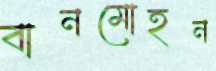
বানমোহন